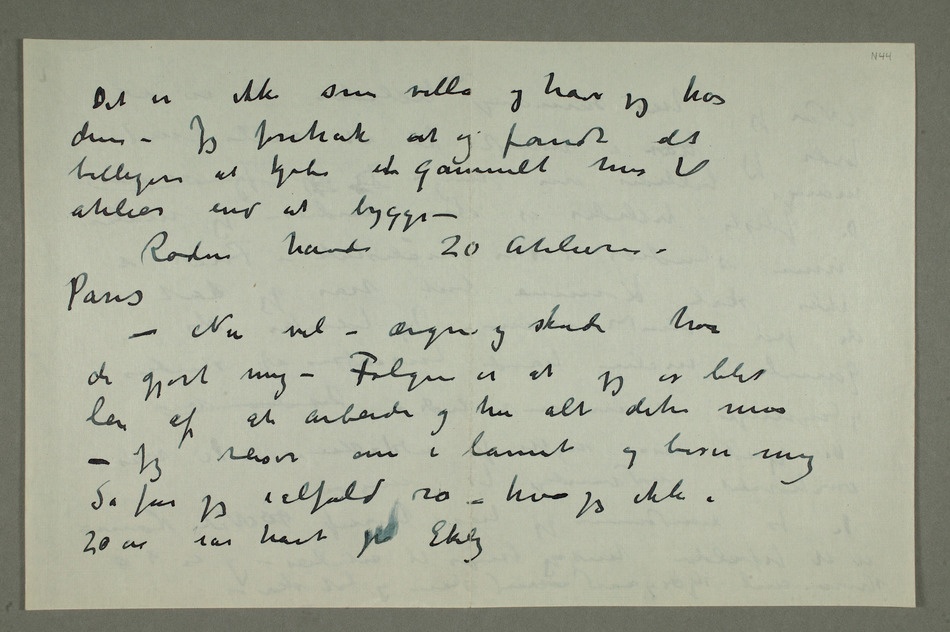
Det er ikke som villa og have jeg har
dem – Jeg foretrak at og fandt det
billigere at kjøbe ent gammelt hus til
atelier end at bygge –
Rodin havde 20 Atelierer i
Paris
– Nu vel – ærgre og skade har
de gjort mig – Følgen er at jeg er blit
lei af at arbeide og ha alt dette mas
– Jeg reiser om i lannet og beser mig
Så får jeg ialfald ro – hva jeg ikke i
20 år har havt på Ekely